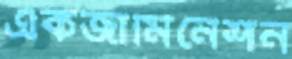
একজামিনেশন